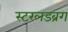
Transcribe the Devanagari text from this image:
स्टरलडब्रग